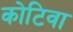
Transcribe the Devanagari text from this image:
कोटिवा